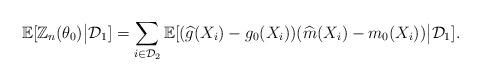
LaTeX: \begin{align*}\mathbb{E}[\mathbb{Z}_n(\theta_0)\big|\mathcal{D}_1] = \sum_{i\in\mathcal{D}_2} \mathbb{E}[(\widehat{g}(X_i) - g_0(X_i))(\widehat{m}(X_i) - m_0(X_i))\big|\mathcal{D}_1].\end{align*}